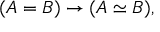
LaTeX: ( A = B ) \to ( A \simeq B ) ,